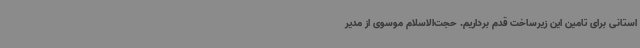
استانی برای تامین این زیرساخت قدم برداریم. حجت‌الاسلام موسوی از مدیر